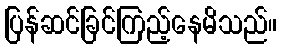
ပြန်ဆင်ခြင်ကြည့်နေမိသည်။